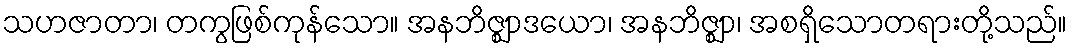
သဟဇာတာ၊ တကွဖြစ်ကုန်သော။ အနဘိဇ္ဈာဒယော၊ အနဘိဇ္ဈာ၊ အစရှိသောတရားတို့သည်။